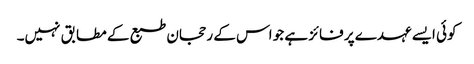
کوئی ایسے عہدے پر فائز ہے جو اس کے رحجان طبع کے مطابق نہیں۔